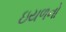
ઇયળનો